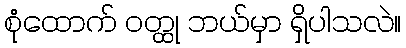
စုံထောက် ဝတ္ထု ဘယ်မှာ ရှိပါသလဲ။